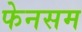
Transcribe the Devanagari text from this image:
फेनसम